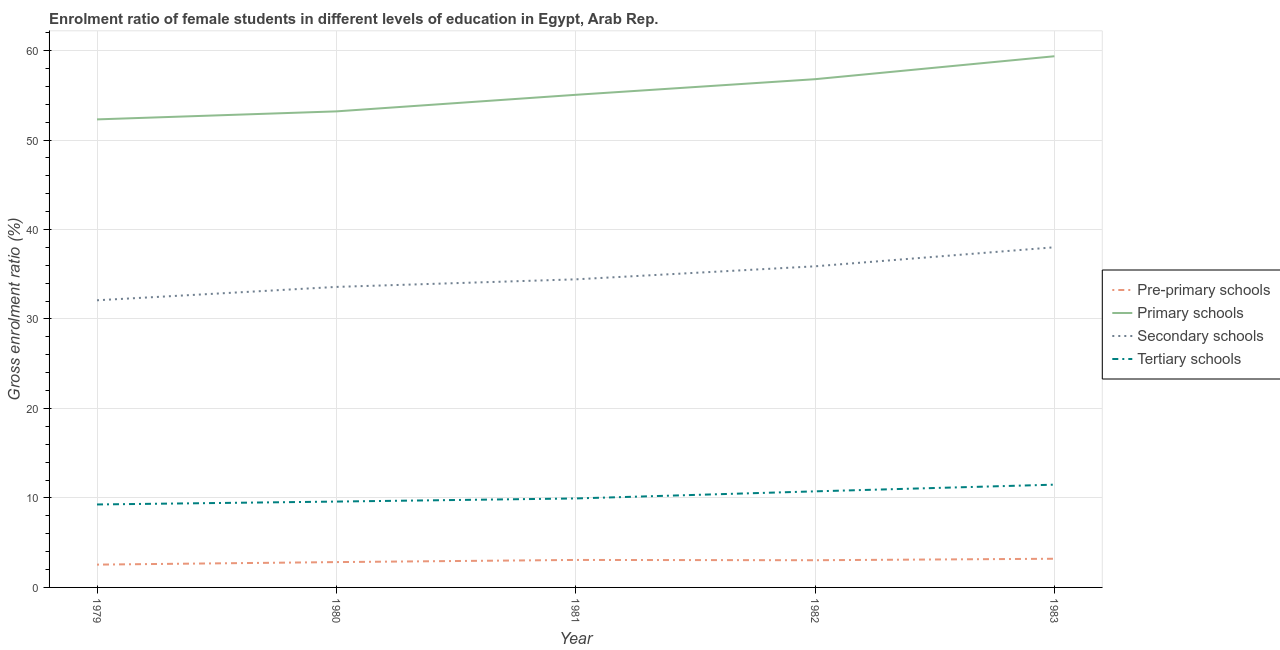
| Year | Pre-primary schools | Primary schools | Secondary schools | Tertiary schools |
 | --- | --- | --- | --- | --- |
 | 1979 | 2.55 | 52.3 | 32.1 | 9.27 |
 | 1980 | 2.83 | 53.2 | 33.6 | 9.59 |
 | 1981 | 3.07 | 55.1 | 34.4 | 9.94 |
 | 1982 | 3.04 | 56.8 | 35.9 | 10.7 |
 | 1983 | 3.21 | 59.4 | 38 | 11.5 |